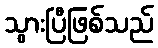
သွားပြီဖြစ်သည်